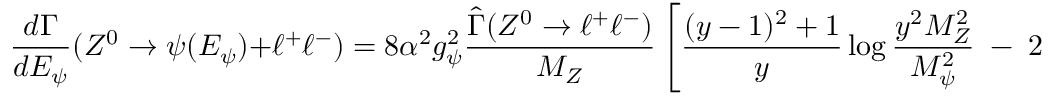
\frac { d \Gamma } { d E _ { \psi } } ( Z ^ { 0 } \rightarrow \psi ( E _ { \psi } ) + \ell ^ { + } \ell ^ { - } ) = 8 \alpha ^ { 2 } g _ { \psi } ^ { 2 } \frac { \widehat { \Gamma } ( Z ^ { 0 } \rightarrow \ell ^ { + } \ell ^ { - } ) } { M _ { Z } } \left[ \frac { ( y - 1 ) ^ { 2 } + 1 } { y } \log { \frac { y ^ { 2 } M _ { Z } ^ { 2 } } { M _ { \psi } ^ { 2 } } } \; - \; 2 y \right] .